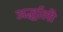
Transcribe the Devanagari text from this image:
अर्द्धाली